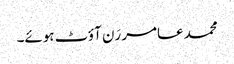
محمد عامر رَن آؤٹ ہوئے۔